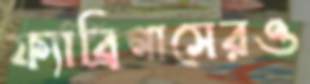
ফ্যাব্রিগাসেরও